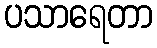
ပသာရေတာ